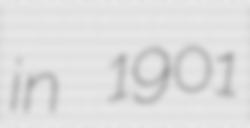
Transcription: in 1901